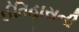
ઈતિહાસની